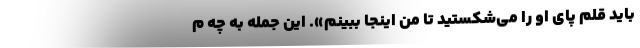
باید قلم پای او را می‌شکستید تا من اینجا ببینم». این جمله به چه م